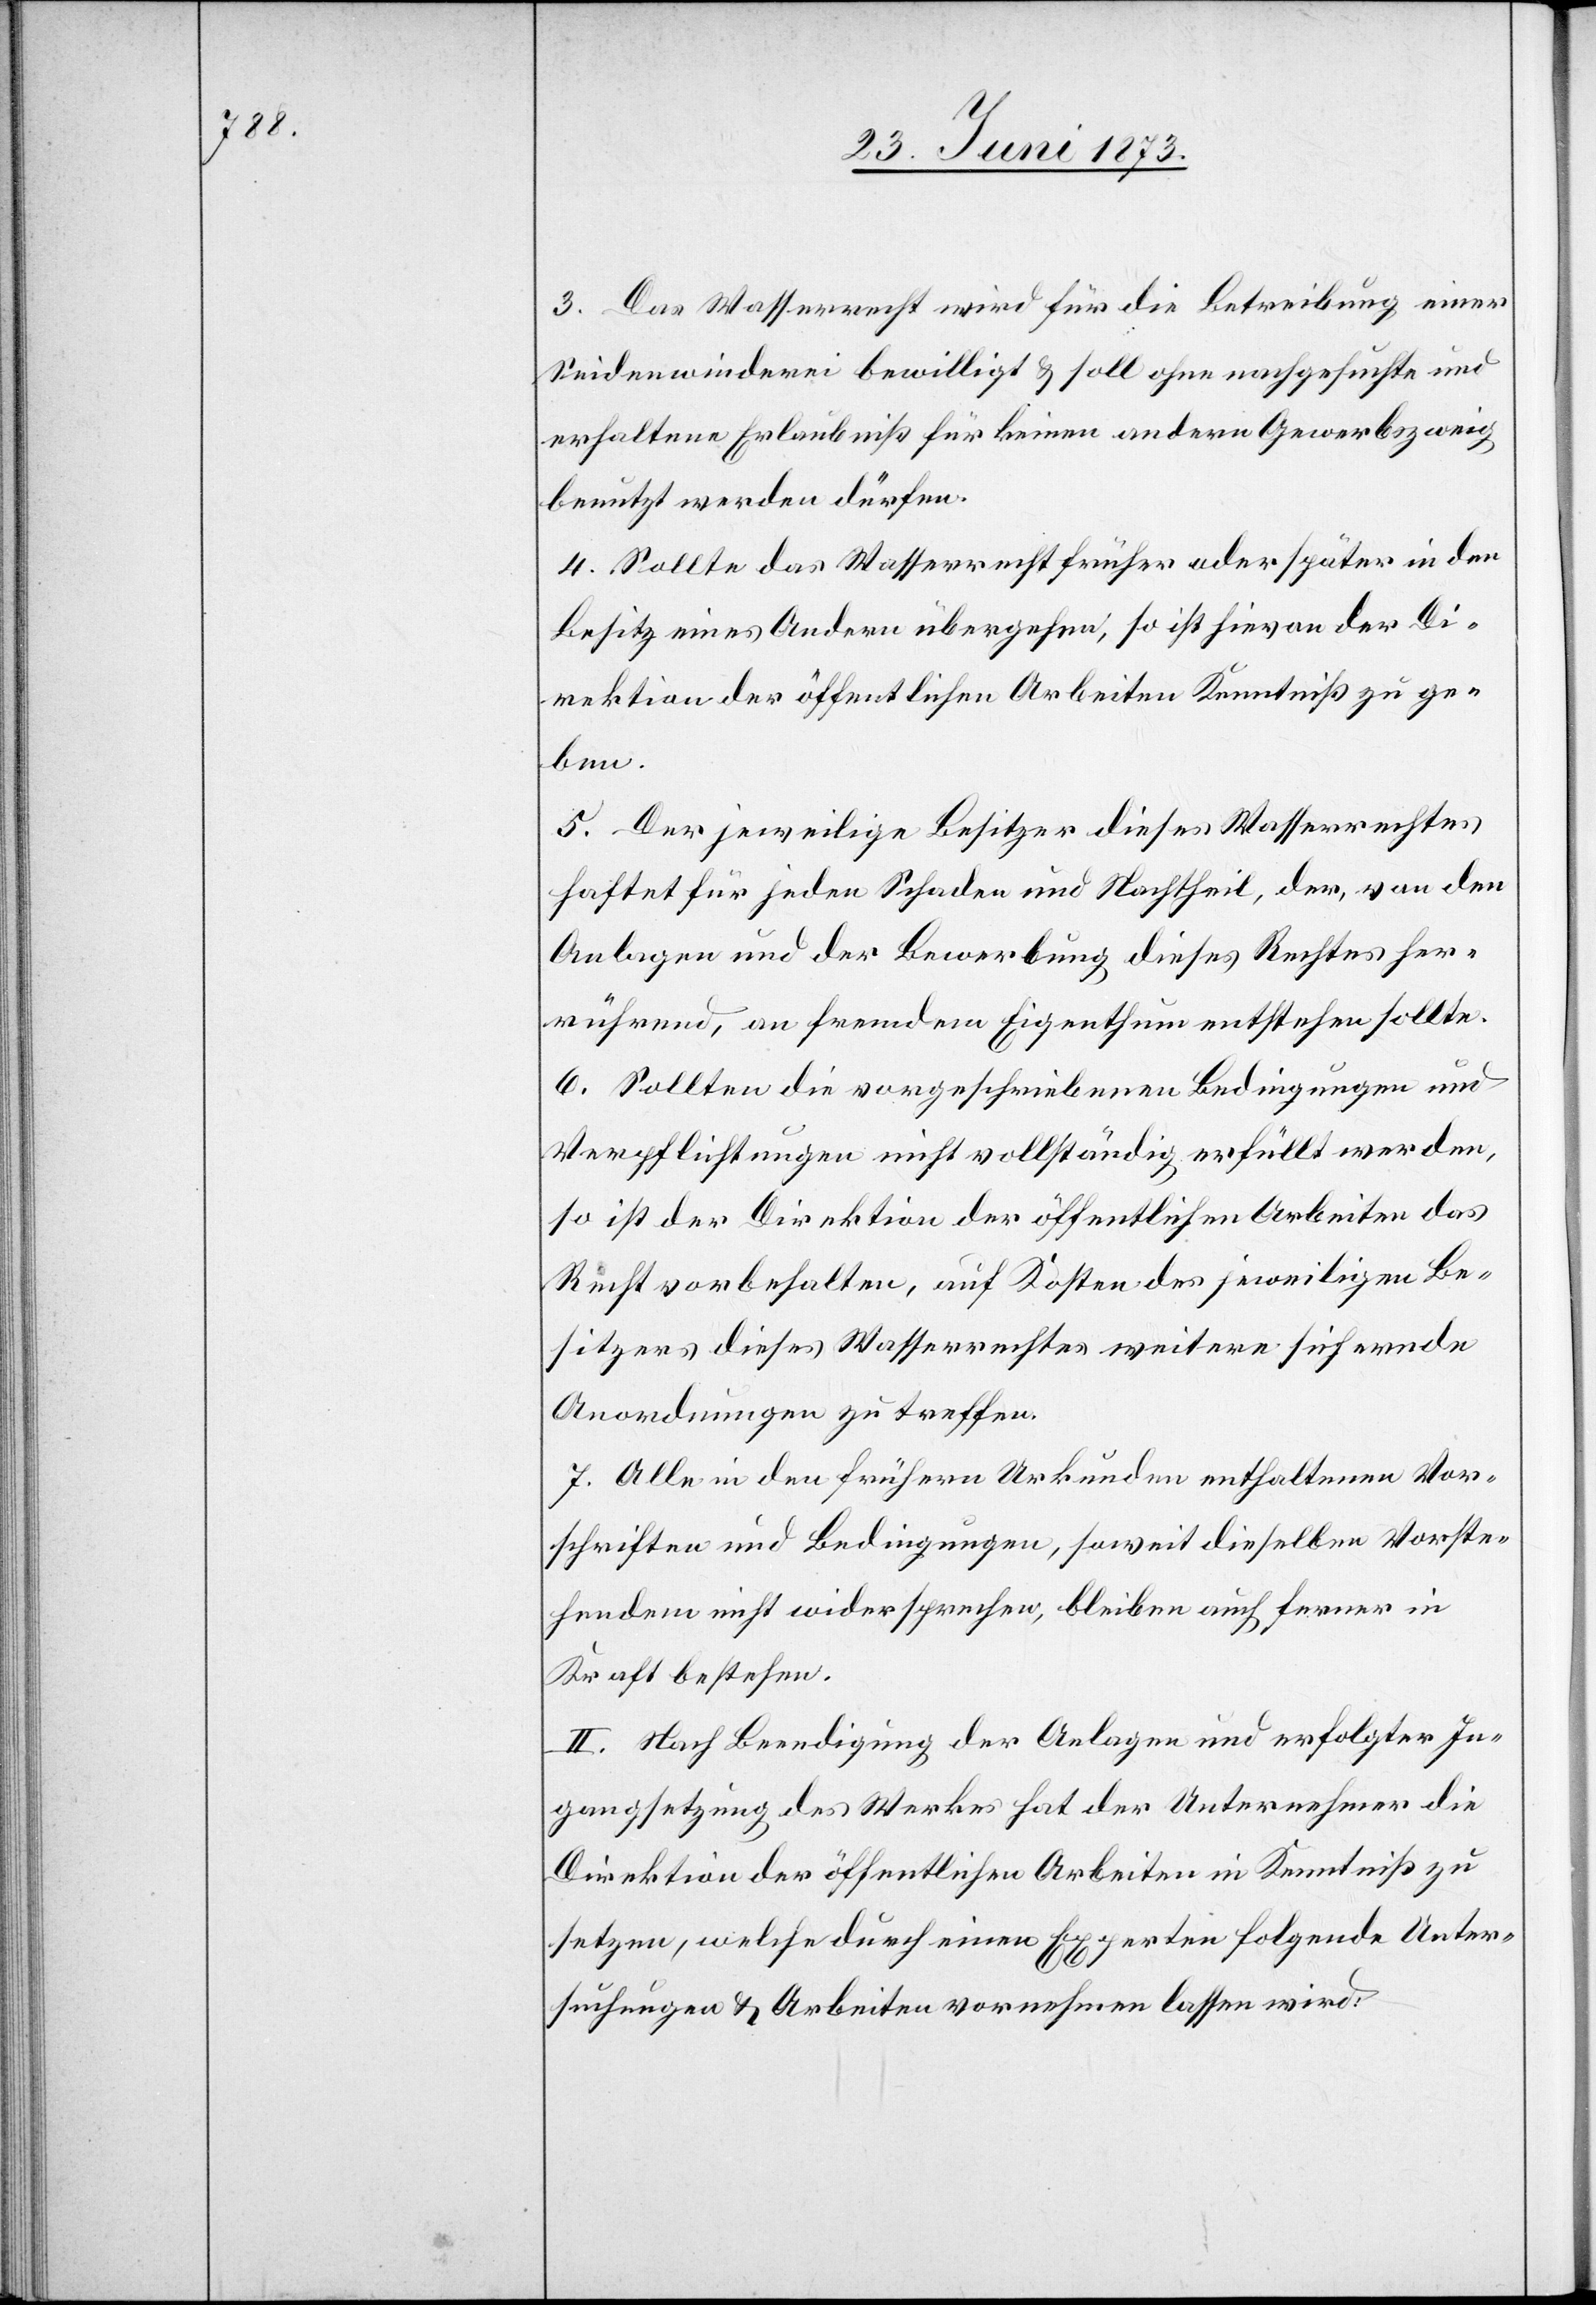
3. Das Wasserrecht wird für die Betreibung einer
Seidenwinderei bewilligt & soll ohne nachgesuchte und
erhaltene Erlaubniß für keinen andern Gewerbszweig
benutzt werden dürfen.
4. Sollte das Wasserrecht früher oder später in den
Besitz eines Andern übergehen, so ist hievon der Di¬
rektion der öffentlichen Arbeiten Kenntniß zu ge¬
ben.
5. Der jeweilige Besitzer dieses Wasserrechtes
haftet für jeden Schaden und Nachtheil, der, von den
Anlagen und der Bewerbung dieses Rechtes her¬
rührend, an fremdem Eigenthum entstehen sollte.
6. Sollten die vorgeschriebenen Bedingungen und
Verpflichtungen nicht vollständig erfüllt werden,
so ist der Direktion der öffentlichen Arbeiten das
Recht vorbehalten, auf Kosten des jeweiligen Be¬
sitzers dieses Wasserrechtes weitere sichernde
Anordnungen zu treffen.
7. Alle in den frühern Urkunden enthaltenen Vor¬
schriften und Bedingungen, soweit dieselben Vorste¬
hendem nicht widersprechen, bleiben auch ferner in
Kraft bestehen.
II. Nach Beendigung der Anlagen und erfolgter In¬
gangsetzung des Werkes hat der Unternehmer die
Direktion der öffentlichen Arbeiten in Kenntniß zu
setzen, welche durch einen Experten folgende Unter¬
suchungen & Arbeiten vornehmen lassen wird: